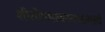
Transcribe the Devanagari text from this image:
शीतोष्णत्वस्वभावत्वं